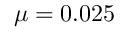
\mu = 0 . 0 2 5